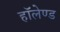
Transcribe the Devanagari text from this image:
हॉलेण्ड